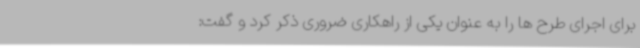
برای اجرای طرح ها را به عنوان یکی از راهکاری ضروری ذکر کرد و گفت: